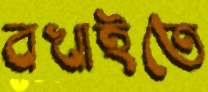
বখাইতে